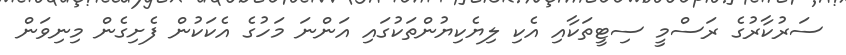
ސަރުކާރުގެ ރަސްމީ ސިޓީތަކާއި އެކި ލިޔެކިޔުންތަކުގައި އަންނަ މަހުގެ އެކަކުން ފެށިގެން މިނިވަން